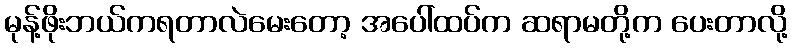
မုန့်ဖိုးဘယ်ကရတာလဲမေးတော့ အပေါ်ထပ်က ဆရာမတို့က ပေးတာလို့